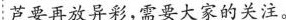
芦要再放异彩，需要大家的关注。